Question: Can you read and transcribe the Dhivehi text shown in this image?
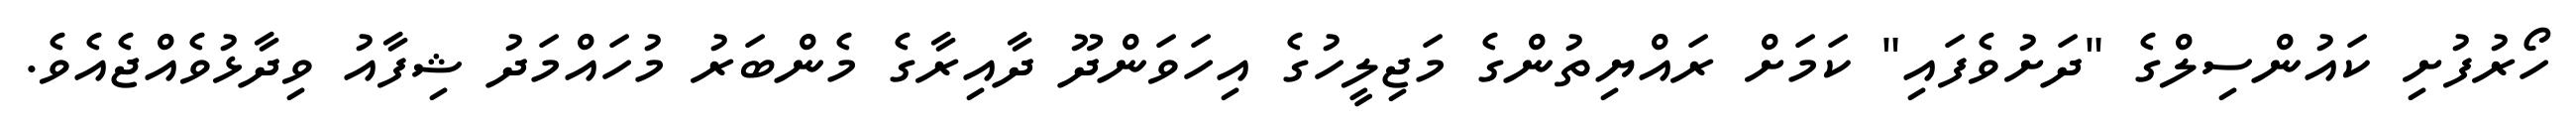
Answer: ހޯރުފުށި ކައުންސިލްގެ "ދަށުވެފައި" ކަމަށް ރައްޔިތުންގެ މަޖިލީހުގެ އިހަވަންދޫ ދާއިރާގެ މެންބަރު މުހައްމަދު ޝިފާއު ވިދާޅުވެއްޖެއެވެ.